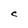
Character: C